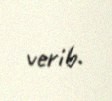
verib.